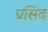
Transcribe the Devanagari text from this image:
प्रसिंद